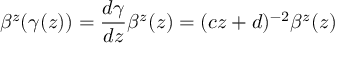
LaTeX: \beta ^ { z } ( \gamma ( z ) ) = \frac { d \gamma } { d z } \beta ^ { z } ( z ) = ( c z + d ) ^ { - 2 } \beta ^ { z } ( z )